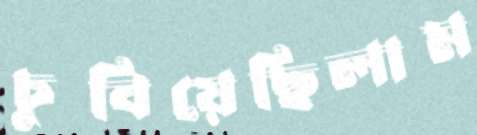
চুবিয়েছিলাম